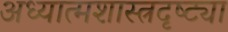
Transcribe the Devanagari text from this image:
अध्यात्मशास्त्रदृष्ट्या